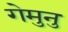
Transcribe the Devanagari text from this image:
गेमुनु